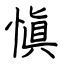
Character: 愼